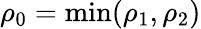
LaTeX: \rho_{0}=\operatorname*{min}(\rho_{1},\rho_{2})